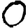
Digit: 0